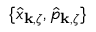
\{ \hat { x } _ { { \bf k } , \zeta } , \hat { p } _ { { \bf k } , \zeta } \}